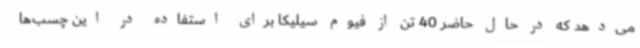
می‌دهد که در حال حاضر 40 تن از فیوم سیلیکا برای استفاده در این چسب‌ها